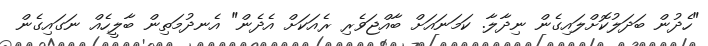
"ހެދުން ބަދަލުކޮށްލައިގެން ނިދާލާ. ކަމަނައަށް ބާއްޖަވެރި ރެއަކަށް އެދެން" އެނދުމަތިން ބާލީހެއް ނަގައިގެން